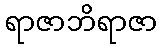
ရာဇာဘိရာဇာ